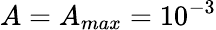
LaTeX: A=A_{max}=10^{-3}